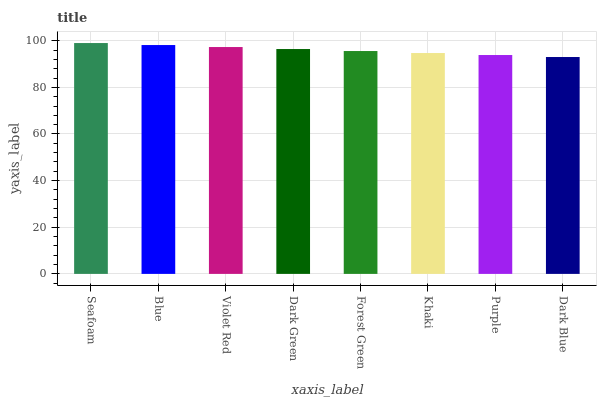
| xaxis_label | bars |
 | --- | --- |
 | Seafoam | 99 |
 | Blue | 98.1 |
 | Violet Red | 97.3 |
 | Dark Green | 96.4 |
 | Forest Green | 95.6 |
 | Khaki | 94.7 |
 | Purple | 93.9 |
 | Dark Blue | 93 |